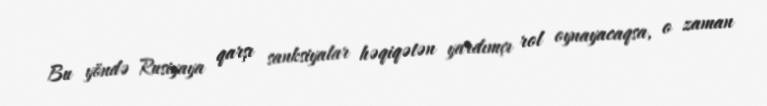
Bu yöndə Rusiyaya qarşı sanksiyalar həqiqətən yardımçı rol oynayacaqsa, o zaman